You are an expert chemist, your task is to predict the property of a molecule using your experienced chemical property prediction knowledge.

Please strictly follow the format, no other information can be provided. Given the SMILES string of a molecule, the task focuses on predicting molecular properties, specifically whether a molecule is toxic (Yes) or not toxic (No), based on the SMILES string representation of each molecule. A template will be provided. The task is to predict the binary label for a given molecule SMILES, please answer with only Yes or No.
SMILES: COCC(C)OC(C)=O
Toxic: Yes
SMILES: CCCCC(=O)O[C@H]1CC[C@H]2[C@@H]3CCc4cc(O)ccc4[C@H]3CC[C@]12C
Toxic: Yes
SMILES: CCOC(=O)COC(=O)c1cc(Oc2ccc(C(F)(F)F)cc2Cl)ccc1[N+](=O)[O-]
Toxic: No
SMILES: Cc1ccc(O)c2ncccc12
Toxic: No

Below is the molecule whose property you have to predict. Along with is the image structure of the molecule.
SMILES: Cc1ccc(S(=O)(=O)NC(=O)N[C@@H](C)Cc2ccccc2)cc1
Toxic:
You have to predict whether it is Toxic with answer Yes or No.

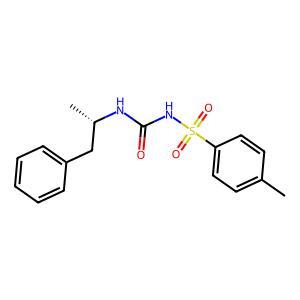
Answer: No